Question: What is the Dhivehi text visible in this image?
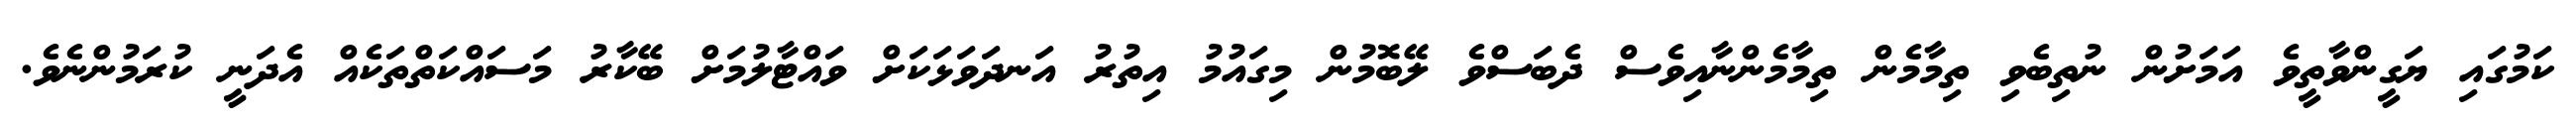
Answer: ކަމުގައި ޔަގީންވާތީވެ އަމަށުން ނުތިބެވި ތިމާމެން ތިމާމެންނާއިވެސް ދެބަސްވެ ލޭބޮމުން މިގައުމު އިތުރު އަނދަވަޅަކަށް ވައްޓާލުމަށް ބޭކާރު މަސައްކަތްތަކެއް އެދަނީ ކުރަމުންނެވެ.